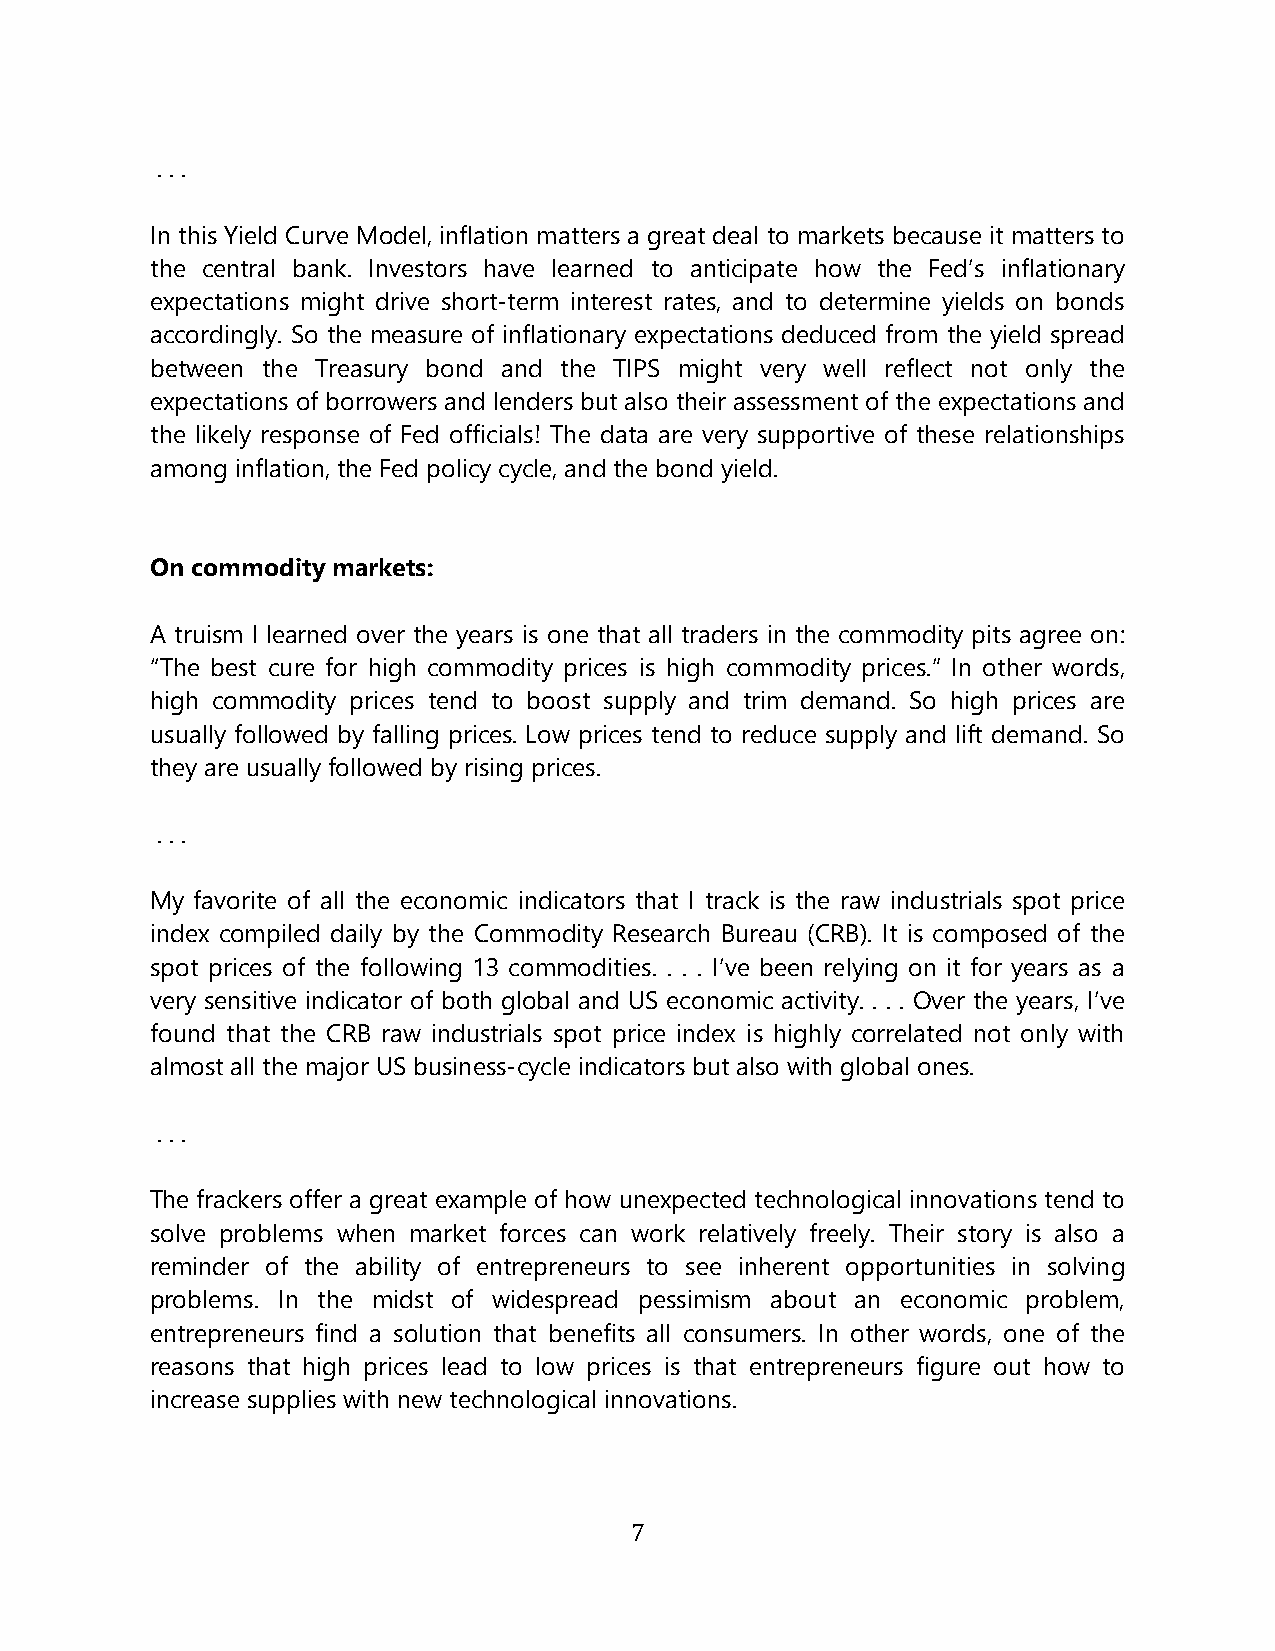
. . .
 In this Yield Curve Model, inflation matters a great deal to markets because it matters to
 the central bank. Investors have learned to anticipate how the Fed’s inflationary
 expectations might drive short-term interest rates, and to determine yields on bonds
 accordingly. So the measure of inflationary expectations deduced from the yield spread
 between the Treasury bond and the TIPS might very well reflect not only the
 expectations of borrowers and lenders but also their assessment of the expectations and
 the likely response of Fed officials! The data are very supportive of these relationships
 among inflation, the Fed policy cycle, and the bond yield.
 On commodity markets:
 A truism I learned over the years is one that all traders in the commodity pits agree on:
 “The best cure for high commodity prices is high commodity prices.” In other words,
 high commodity prices tend to boost supply and trim demand. So high prices are
 usually followed by falling prices. Low prices tend to reduce supply and lift demand. So
 they are usually followed by rising prices.
 . . .
 My favorite of all the economic indicators that I track is the raw industrials spot price
 index compiled daily by the Commodity Research Bureau (CRB). It is composed of the
 spot prices of the following 13 commodities. . . . I’ve been relying on it for years as a
 very sensitive indicator of both global and US economic activity. . . . Over the years, I’ve
 found that the CRB raw industrials spot price index is highly correlated not only with
 almost all the major US business-cycle indicators but also with global ones.
 . . .
 The frackers offer a great example of how unexpected technological innovations tend to
 solve problems when market forces can work relatively freely. Their story is also a
 reminder of the ability of entrepreneurs to see inherent opportunities in solving
 problems. In the midst of widespread pessimism about an economic problem,
 entrepreneurs find a solution that benefits all consumers. In other words, one of the
 reasons that high prices lead to low prices is that entrepreneurs figure out how to
 increase supplies with new technological innovations.
 7